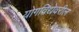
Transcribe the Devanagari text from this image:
योगविद्येवरील